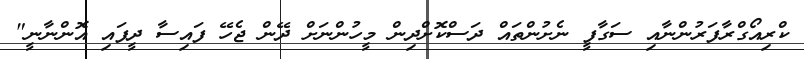
ކްރިއޯގްރާފަރުންނާއި ސަގާފީ ނެށުންތައް ދަސްކޮށްދިން މީހުންނަށް ދޭން ޖެހޭ ފައިސާ ދީފައި އޮންނާނީ"